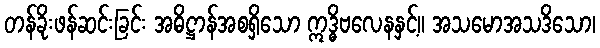
တန်ခိုးဖန်ဆင်းခြင်း အဓိဋ္ဌာန်အစရှိသော ဣဒ္ဓိဗလေနနှင့်။ အသမောအသဒိသော၊